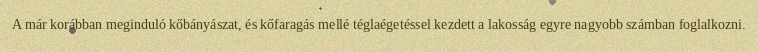
A már korábban meginduló kőbányászat, és kőfaragás mellé téglaégetéssel kezdett a lakosság egyre nagyobb számban foglalkozni.